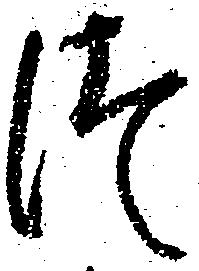
つ